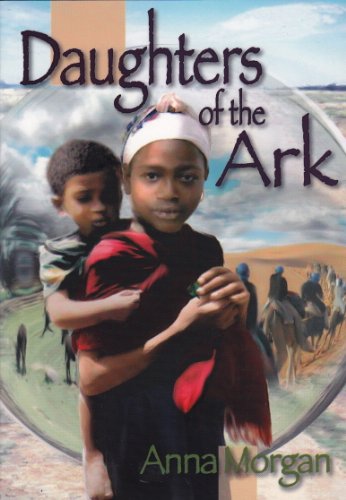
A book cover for Daughters of the Ark; Anna Morgan; Travel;